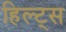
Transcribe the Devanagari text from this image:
हिल्ट्स